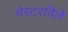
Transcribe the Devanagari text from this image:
चेस्टरविले